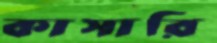
কাসারি